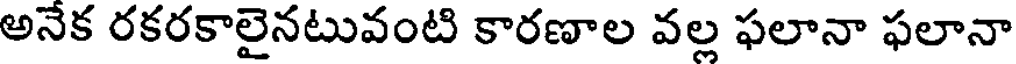
అనేక రకరకాలైనటువంటి కారణాల వల్ల ఫలానా ఫలానా